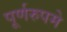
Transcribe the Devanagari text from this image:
पूर्णरुपमे